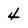
Character: 4